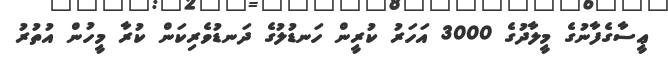
ޢީސާގެފާނުގެ މީލާދުގެ 3000 އަހަރު ކުރީން ހަނޑުލުގެ ދަނޑުވެރިކަން ކުރާ މީހުން އުތުރު